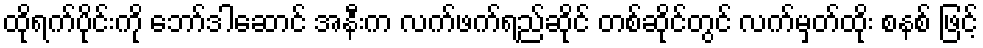
ထိုရက်ပိုင်းကို ဘော်ဒါဆောင် အနီးက လက်ဖက်ရည်ဆိုင် တစ်ဆိုင်တွင် လက်မှတ်ထိုး စနစ် ဖြင့်